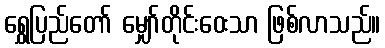
ရွှေပြည်တော် မျှော်တိုင်းဝေးသာ ဖြစ်လာသည်။